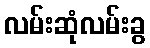
လမ်းဆုံလမ်းခွ